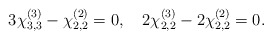
\begin{align*}3 \chi^{(3)}_{3,3} -\chi^{(2)}_{2,2}= 0, \quad 2\chi^{(3)}_{2,2}-2\chi^{(2)}_{2,2} = 0.\end{align*}